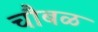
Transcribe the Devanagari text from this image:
चौबळ